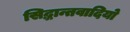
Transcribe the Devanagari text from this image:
सिद्धान्तवादियो